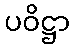
ပဝိဋ္ဌာ